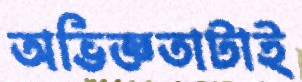
অভিজ্ঞতাটাই